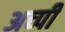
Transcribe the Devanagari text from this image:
अच्पी